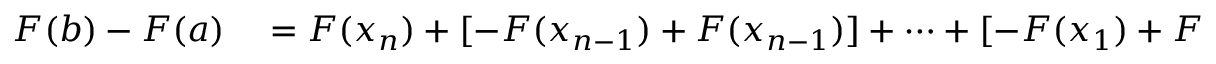
\begin{array} { r l } { F ( b ) - F ( a ) } & { { } = F ( x _ { n } ) + [ - F ( x _ { n - 1 } ) + F ( x _ { n - 1 } ) ] + \cdots + [ - F ( x _ { 1 } ) + F ( x _ { 1 } ) ] - F ( x _ { 0 } ) } \end{array}